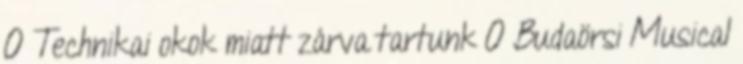
0 Technikai okok miatt zárva tartunk 0 Budaörsi Musical